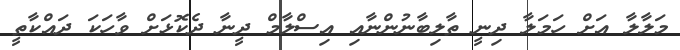
މަލާލާ އަށް ހަމަލާ ދިނީ ތާލިބާނުންނާއި އިސްލާމް ދީނާ ދެކޮޅަށް ވާހަކަ ދައްކާތީ